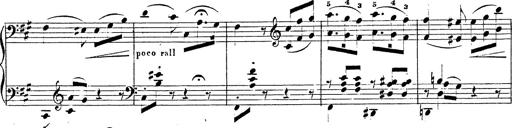
Title: Chanson bohÃ©mienne
Composer: Franz Liszt